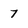
Character: 7